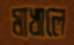
মাখালে